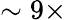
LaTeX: \sim 9\times